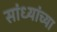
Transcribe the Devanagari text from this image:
सांध्यांच्या